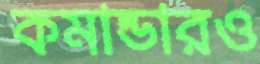
কমান্ডারও